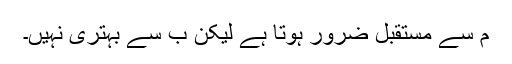
م سے مستقبل ضرور ہوتا ہے لیکن ب سے بہتری نہیں۔